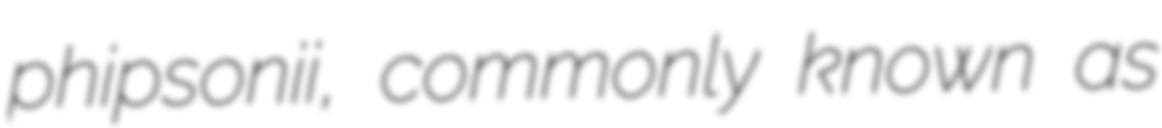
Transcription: phipsonii, commonly known as